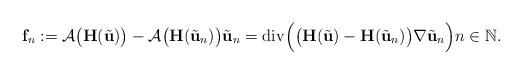
LaTeX: \begin{align*}\mathbf{f}_{n} := \mathcal{A}\big(\mathbf{H}(\tilde{\mathbf{u}})\big) - \mathcal{A}\big(\mathbf{H}(\tilde{\mathbf{u}}_{n})\big) \tilde{\mathbf{u}}_{n}= \mathrm{div}\Big(\big(\mathbf{H}(\tilde{\mathbf{u}}) - \mathbf{H}(\tilde{\mathbf{u}}_{n})\big) \nabla \tilde{\mathbf{u}}_{n}\Big) n \in \mathbb{N}. \end{align*}